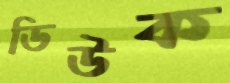
ডিউক